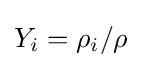
Y_{i}=\rho _{i}/\rho